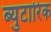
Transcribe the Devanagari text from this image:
ब्युटारिक